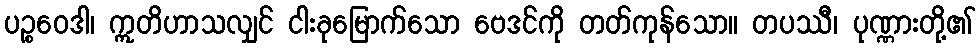
ပဉ္စဝေဒါ၊ ဣတိဟာသလျှင် ငါးခုမြောက်သော ဗေဒင်ကို တတ်ကုန်သော။ တပဿီ၊ ပုဏ္ဏားတို့၏